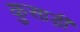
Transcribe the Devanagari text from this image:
कुसाड़ी